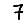
Digit: 7